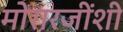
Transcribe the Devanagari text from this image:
मोरारजींशी